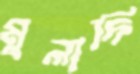
মুলাদি